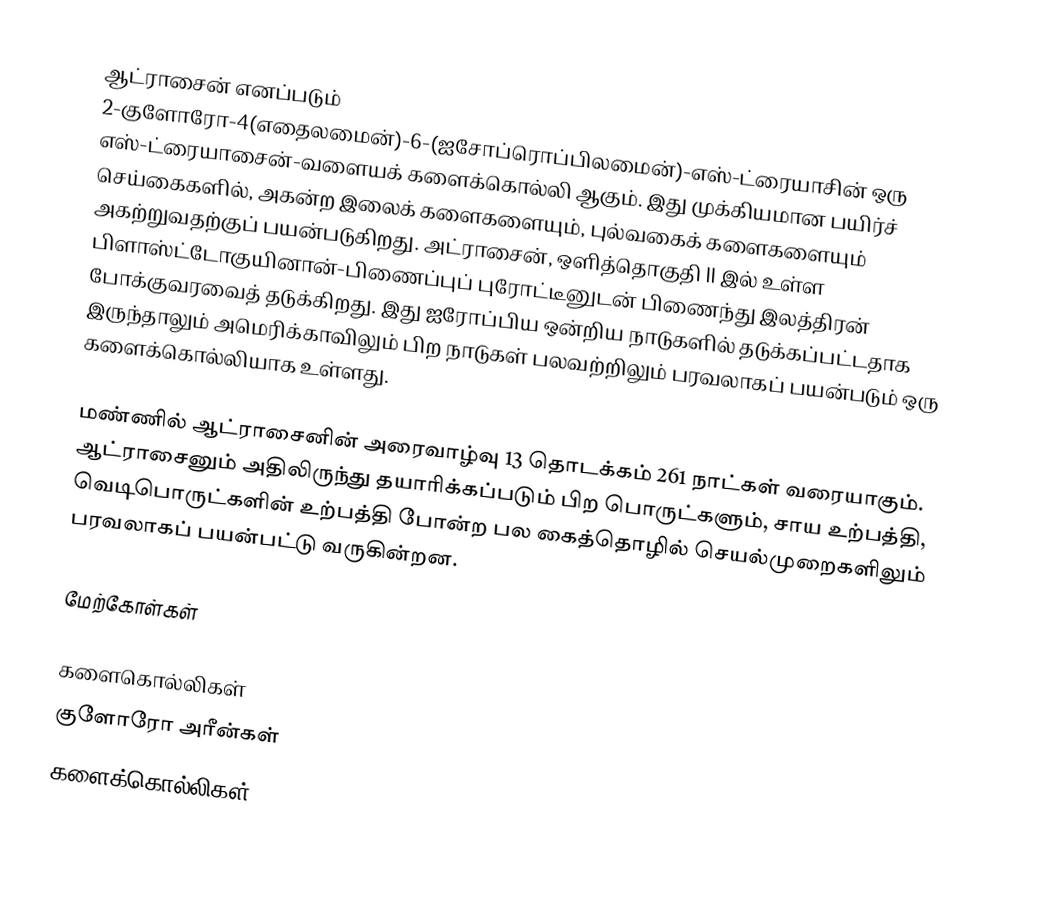
ஆட்ராசைன் எனப்படும் 2-குளோரோ-4(எதைலமைன்)-6-(ஐசோப்ரொப்பிலமைன்)-எஸ்-ட்ரையாசின் ஒரு எஸ்-ட்ரையாசைன்-வளையக் களைக்கொல்லி ஆகும். இது முக்கியமான பயிர்ச் செய்கைகளில், அகன்ற இலைக் களைகளையும், புல்வகைக் களைகளையும் அகற்றுவதற்குப் பயன்படுகிறது. அட்ராசைன், ஒளித்தொகுதி II இல் உள்ள பிளாஸ்ட்டோகுயினான்-பிணைப்புப் புரோட்டீனுடன் பிணைந்து இலத்திரன் போக்குவரவைத் தடுக்கிறது. இது ஐரோப்பிய ஒன்றிய நாடுகளில் தடுக்கப்பட்டதாக இருந்தாலும் அமெரிக்காவிலும் பிற நாடுகள் பலவற்றிலும் பரவலாகப் பயன்படும் ஒரு களைக்கொல்லியாக உள்ளது.

மண்ணில் ஆட்ராசைனின் அரைவாழ்வு 13 தொடக்கம் 261 நாட்கள் வரையாகும். ஆட்ராசைனும் அதிலிருந்து தயாரிக்கப்படும் பிற பொருட்களும், சாய உற்பத்தி, வெடிபொருட்களின் உற்பத்தி போன்ற பல கைத்தொழில் செயல்முறைகளிலும் பரவலாகப் பயன்பட்டு வருகின்றன.

மேற்கோள்கள்

களைகொல்லிகள்
குளோரோ அரீன்கள்
களைக்கொல்லிகள்